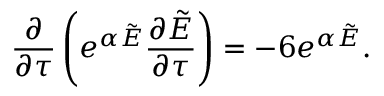
\frac { \partial } { \partial \tau } \left( e ^ { \alpha \tilde { E } } \frac { \partial \tilde { E } } { \partial \tau } \right) = - 6 e ^ { \alpha \tilde { E } } .